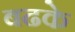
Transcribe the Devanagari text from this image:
बढके